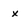
Character: x